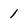
Character: 1